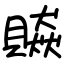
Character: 贆